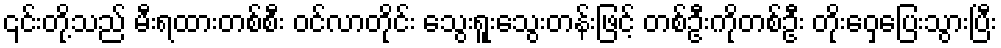
၎င်းတို့သည် မီးရထားတစ်စီး ဝင်လာတိုင်း သွေးရူးသွေးတန်းဖြင့် တစ်ဦးကိုတစ်ဦး တိုးဝှေ့ပြေးသွားပြီး